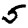
Digit: 5